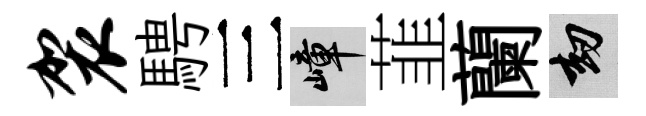
袈騁三嶂韮蘭劫